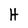
Character: H